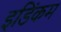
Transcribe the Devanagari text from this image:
इडिंकम